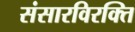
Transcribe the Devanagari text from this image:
संसारविरक्ति